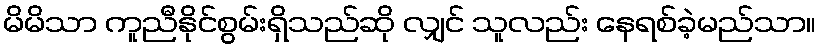
မိမိသာ ကူညီနိုင်စွမ်းရှိသည်ဆို လျှင် သူလည်း နေရစ်ခဲ့မည်သာ။